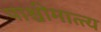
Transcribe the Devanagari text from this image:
पाश्चीमात्त्य